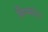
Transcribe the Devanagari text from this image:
विस्परेद